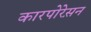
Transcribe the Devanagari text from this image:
कारपोरेस़न